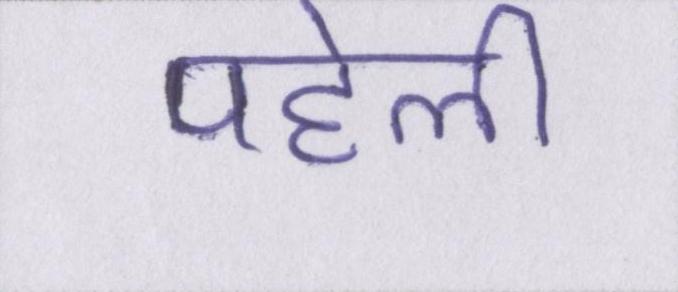
पहेली